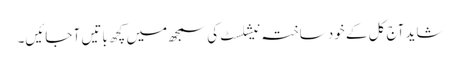
شاید آج کل کے خود ساختہ نیشلسٹ کی سمجھ میں کچھ باتیں آ جائیں۔